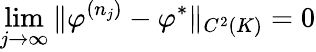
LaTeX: \operatorname*{lim}_{j\to\infty}\| \varphi^{(n_{j})}-\varphi^{*}\| _{C^{2}(K)}=0